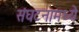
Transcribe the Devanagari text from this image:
संघटनामध्ये